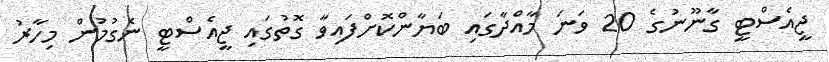
ޖީއެސްޓީ ގާނޫނުގެ 20 ވަނަ މާއްދާގައި ބަޔާންކޮށްފައިވާ ގޮތުގައި ޖީއެސްޓީ ނެގުމުން މިހާރު